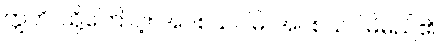
ဣတိ၊ ထို့ကြောင့်။ အပစယဂါမိ၊ အပစယဂါမိမည်၏။